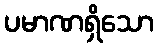
ပမာဏရှိသော